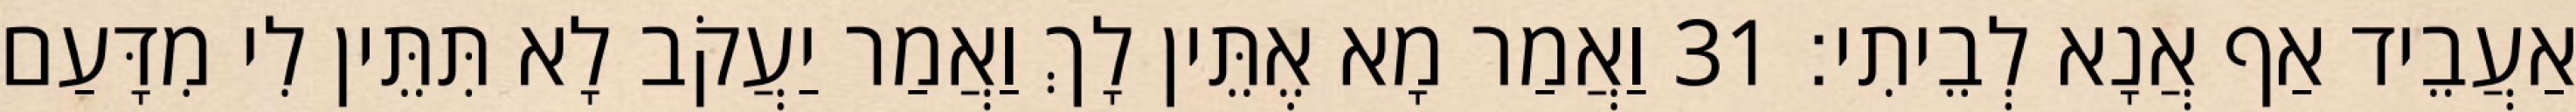
אַעֲבֵיד אַף אֲנָא לְבֵיתִי׃ 31 וַאֲמַר מָא אֶתֵּין לָךְ וַאֲמַר יַעֲקֹב לָא תִּתֵּין לִי מִדָּעַם